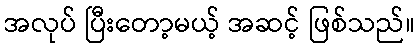
အလုပ် ပြီးတော့မယ့် အဆင့် ဖြစ်သည်။